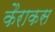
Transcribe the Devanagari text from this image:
कैराकस